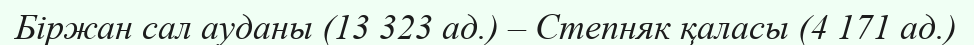
Біржан сал ауданы (13 323 ад.) – Степняк қаласы (4 171 ад.)